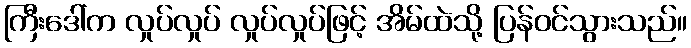
ကြီးဒေါ်က လှုပ်လှုပ် လှုပ်လှုပ်ဖြင့် အိမ်ထဲသို့ ပြန်ဝင်သွားသည်။